Civil Veterinary Dept. Assam report 1911-1927 - 1911-1927
Year: 1911
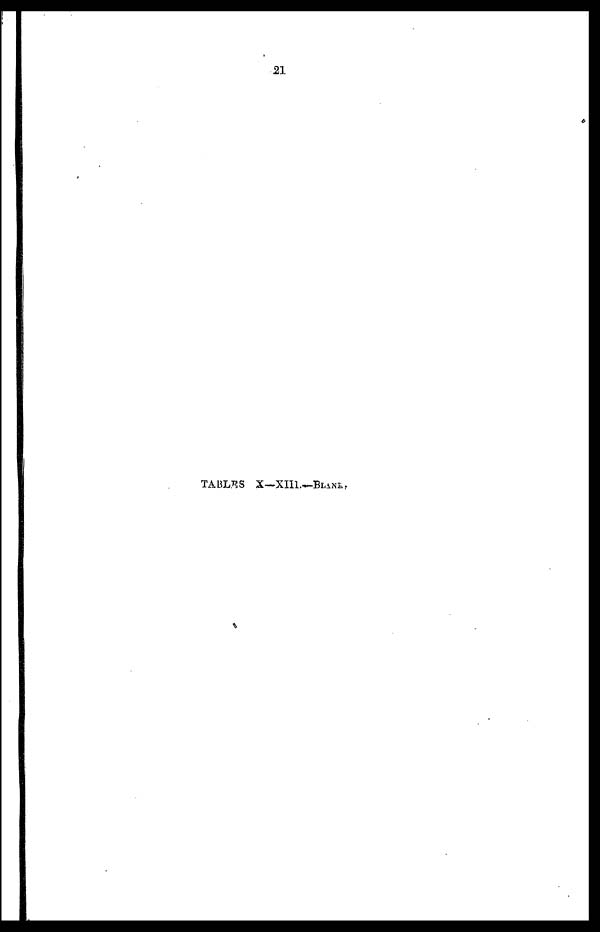
TABLES X—XIII.––BLANK.